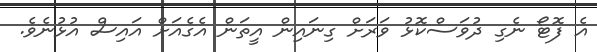
އެ ފޮޓޯ ނެގި ދުވަސްކޮޅު ވަރަށް ގިނައިން އީތަން އެގެއަށް އައިސް އުޅުނެވެ.